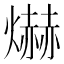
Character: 爀